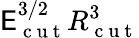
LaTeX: \mathsf{E}_{\mathrm{{~c~u~t~}}}^{3/2}R_{\mathrm{{~c~u~t~}}}^{3}